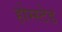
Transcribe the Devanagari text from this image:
होम्स्टेड